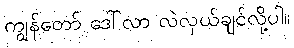
ကျွန်တော် ဒေါ်လာ လဲလှယ်ချင်လို့ပါ။